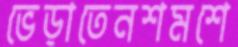
ভেড়াতেনশমশে